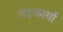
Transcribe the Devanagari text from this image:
सहकार्या